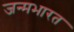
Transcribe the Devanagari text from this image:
जन्मभारत